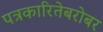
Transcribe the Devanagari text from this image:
पत्रकारितेबरोबर